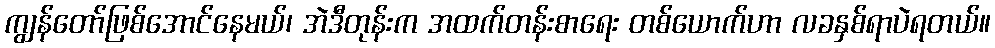
ကျွန်တော်ဖြစ်အောင်နေမယ်၊ အဲဒီတုန်းက အထက်တန်းစာရေး တစ်ယောက်ဟာ လခနှစ်ရာပဲရတယ်။